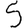
Digit: 5